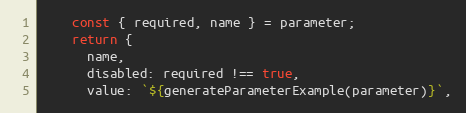
Language: JavaScript
    const { required, name } = parameter;
    return {
      name,
      disabled: required !== true,
      value: `${generateParameterExample(parameter)}`,